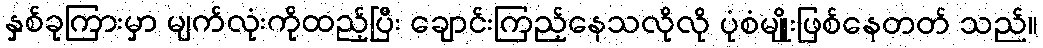
နှစ်ခုကြားမှာ မျက်လုံးကိုထည့်ပြီး ချောင်းကြည့်နေသလိုလို ပုံစံမျိုးဖြစ်နေတတ် သည်။